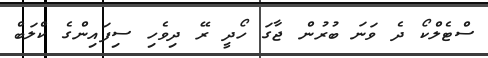
ސްޓެލްކޯ ދެ ވަނަ ބުރުން ޖާގަ ހޯދީ ރޭ ދިވެހި ސިފައިންގެ ކްލަބް